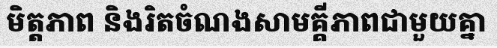
មិត្តភាព និងរិតចំណងសាមគ្គីភាពជាមួយគ្នា